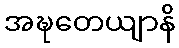
အဍ္ဎတေယျာနိ